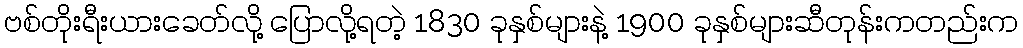
ဗစ်တိုးရီးယားခေတ်လို့ ပြောလို့ရတဲ့ 1830 ခုနှစ်များနဲ့ 1900 ခုနှစ်များဆီတုန်းကတည်းက